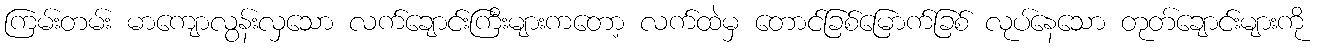
ကြမ်းတမ်း မာကျောလွန်းလှသော လက်ချောင်းကြီးများကတော့ လက်ထဲမှ တောင်ခြစ်မြောက်ခြစ် လုပ်နေသော တုတ်ချောင်းများကို